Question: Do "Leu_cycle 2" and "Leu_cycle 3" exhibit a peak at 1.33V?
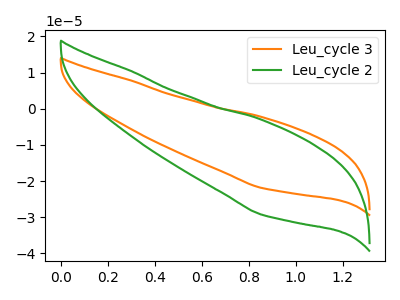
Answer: <think>The orange curve "Leu_cycle 3" has no peaks. The green curve "Leu_cycle 2" has no peaks.</think>
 <answer>No, "Leu_cycle 2" and "Leu_cycle 3" dont share a peak at 1.33V.</answer>
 <eval>mismatch</eval>